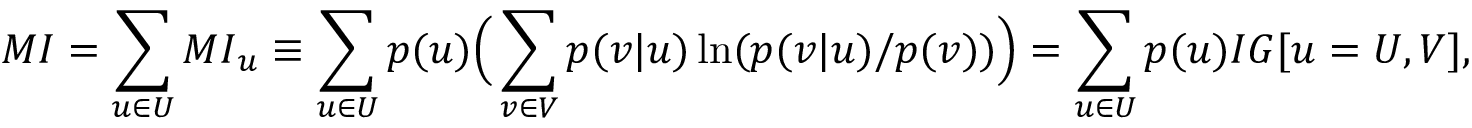
{ M I } = \sum _ { u \in U } { M I } _ { u } \equiv \sum _ { u \in U } p ( u ) \Big ( \sum _ { v \in V } p ( v | u ) \ln ( p ( v | u ) / p ( v ) ) \Big ) = \sum _ { u \in U } p ( u ) { I G } [ u = U , V ] ,